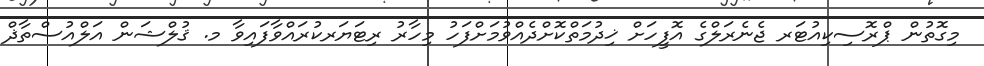
މިގޮތުން ޕްރޮސިކިއުޓަރ ޖެނެރަލްގެ އޮފީހަށް ޚިދުމަތްކޮށްދެއްވުމަށްފަހު މިހާރު ރިޓަޔަރކުރައްވާފައިވާ މ. ޤުލްޝަން އަލްއުސްތާޛް